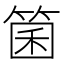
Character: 箘